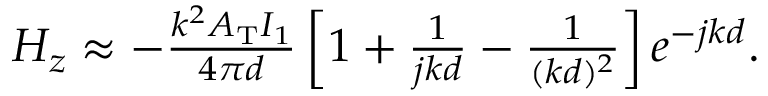
\begin{array} { r } { H _ { z } \approx - \frac { k ^ { 2 } A _ { \mathrm { T } } I _ { 1 } } { 4 \pi d } \left[ 1 + \frac { 1 } { j k d } - \frac { 1 } { ( k d ) ^ { 2 } } \right] e ^ { - j k d } . } \end{array}